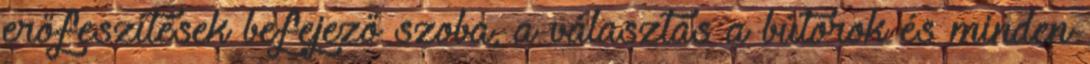
erőfeszítések befejező szoba, a választás a bútorok és minden